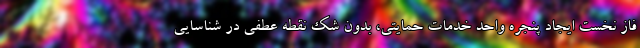
فاز نخست ایجاد پنجره واحد خدمات حمایتی، بدون شک نقطه عطفی در شناسایی